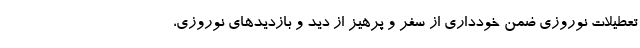
تعطیلات نوروزی ضمن خودداری از سفر و پرهیز از دید و بازدیدهای نوروزی،